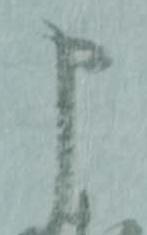
申